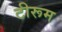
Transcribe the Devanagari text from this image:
टीरूम